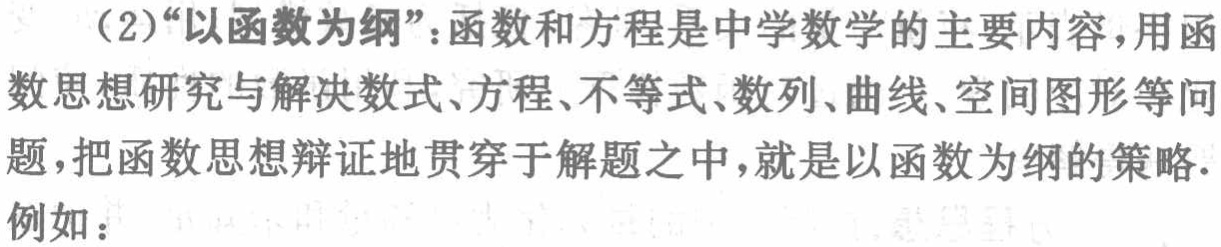
（2）“以函数为纲”：函数和方程是中学数学的主要内容，用函数思想研究与解决数式、方程、不等式、数列、曲线、空间图形等问题，把函数思想辩证地贯穿于解题之中，就是以函数为纲的策略.

例如：